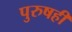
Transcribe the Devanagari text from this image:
पुरुषही